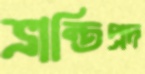
ভ্রান্তিপ্রদ